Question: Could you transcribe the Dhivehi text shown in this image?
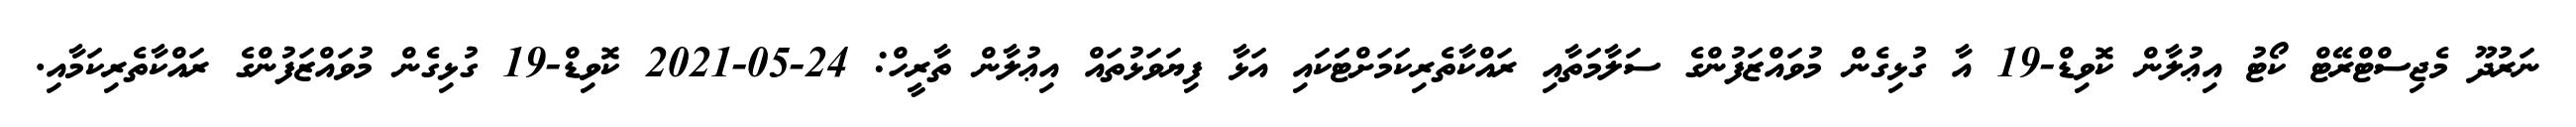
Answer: ނަރުދޫ މެޖިސްޓްރޭޓް ކޯޓު އިޢުލާން ކޮވިޑް-19 އާ ގުޅިގެން މުވައްޒަފުންގެ ސަލާމަތާއި ރައްކާތެރިކަމަށްޓަަކައި އަޅާ ފިޔަވަޅުތައް އިޢުލާން ތާރީހް: 24-05-2021 ކޮވިޑް-19 ގުޅިގެން މުވައްޒަފުންގެ ރައްކާތެރިކަމާއި.